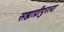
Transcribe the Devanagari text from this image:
सह्याद्रीपुरत्या